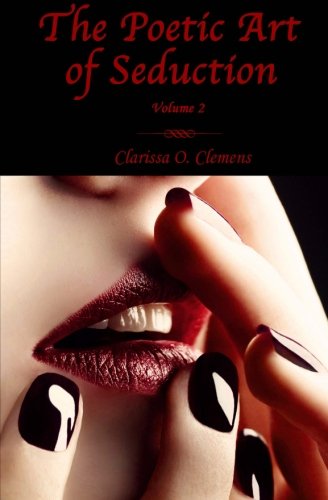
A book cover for The Poetic Art of Seduction - Volume 2; Clarissa O. Clemens; Romance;